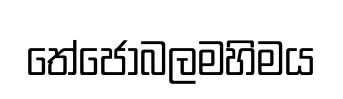
තේජෝබලමහිමය